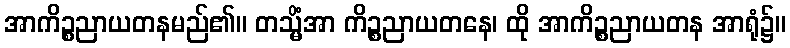
အာကိဉ္စညာယတနမည်၏။ တသ္မိံအာ ကိဉ္စညာယတနေ၊ ထို အာကိဉ္စညာယတန အာရုံ၌။